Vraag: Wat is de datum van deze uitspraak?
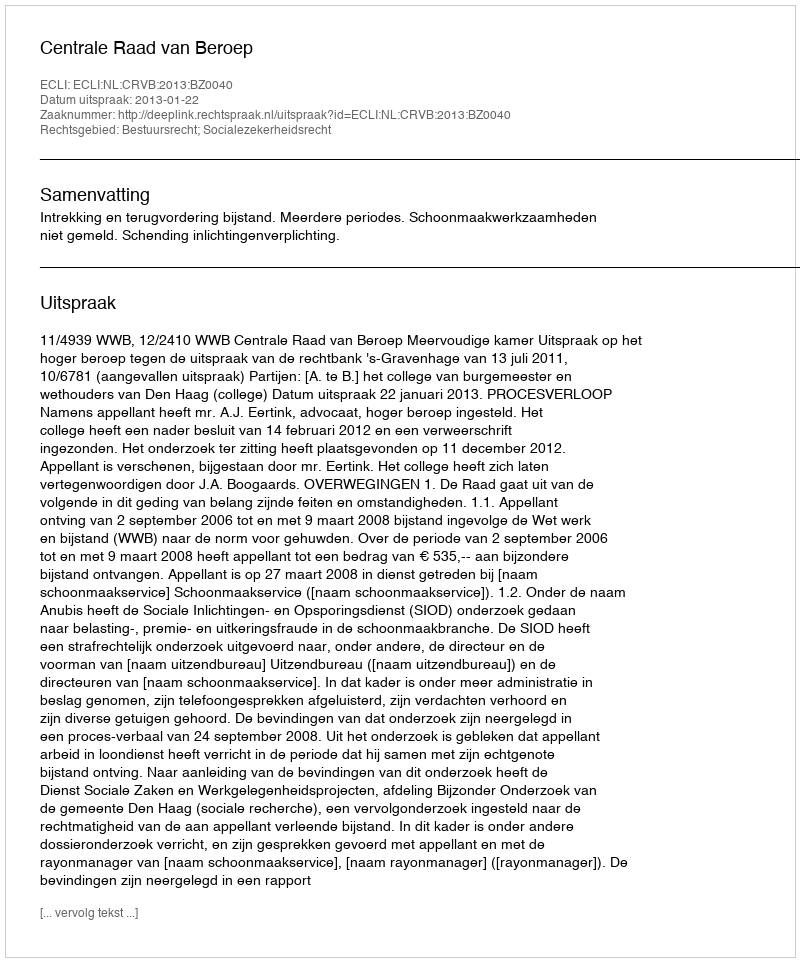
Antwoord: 2013-01-22